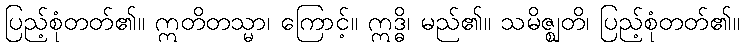
ပြည့်စုံတတ်၏။ ဣတိတသ္မာ၊ ကြောင့်။ ဣဒ္ဓိ၊ မည်၏။ သမိဇ္ဈတိ၊ ပြည့်စုံတတ်၏။